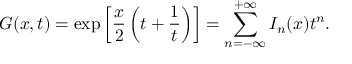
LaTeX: G ( x , t ) = \exp \left[ \frac { x } { 2 } \left( t + \frac { 1 } { t } \right) \right] = \sum _ { n = - \infty } ^ { + \infty } I _ { n } ( x ) t ^ { n } .